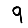
Digit: 9